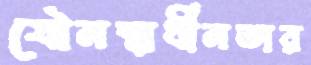
যৌনস্বাধীনতার